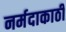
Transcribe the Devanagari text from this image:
नर्मदाकाठी